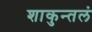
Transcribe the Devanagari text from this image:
शाकुन्तलं